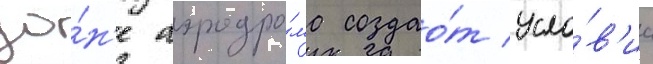
зо́н'е аэродро́ма создао́т усло́в'иа